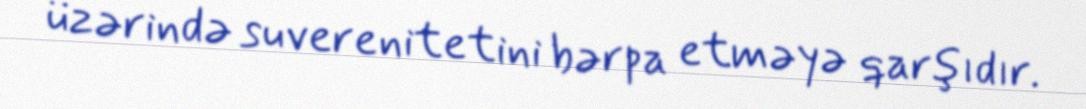
üzərində suverenitetini bərpa etməyə qarşıdır.